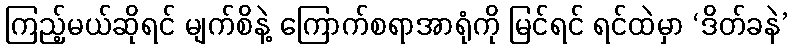
ကြည့်မယ်ဆိုရင် မျက်စိနဲ့ ကြောက်စရာအာရုံကို မြင်ရင် ရင်ထဲမှာ ‘ဒိတ်ခနဲ’